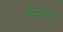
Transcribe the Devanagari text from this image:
फैदेल